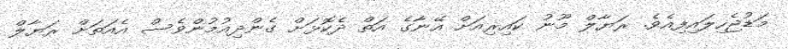
މަޑުޖެހިލައިފިއެވެ. ރަޔާލް މޫނު ކައިރިއަށް އޭނާގެ އަތް ދެކޮޅަށް ގެންދިއުމުންވެސް އެއަތަށް ރަޔާލް